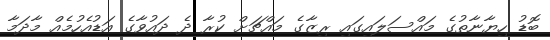
ބޮޑު ހިޔާނާތުގެ މައްސަލައިގައި ރިޒާގެ މައްޗަށް ކުރާ ދެ ދައުވާގެ އަޑުއެހުމެއް މާދަމާ